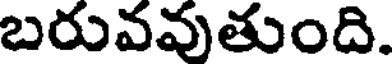
బరువవుతుంది.